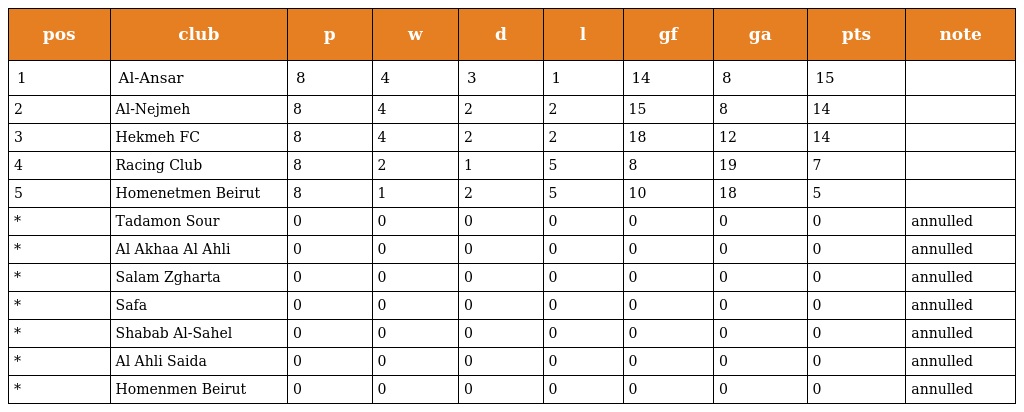
| pos | club | p | w | d | l | gf | ga | pts | note |
 | --- | --- | --- | --- | --- | --- | --- | --- | --- | --- |
 | 1 | Al-Ansar | 8 | 4 | 3 | 1 | 14 | 8 | 15 |  |
 | 2 | Al-Nejmeh | 8 | 4 | 2 | 2 | 15 | 8 | 14 |  |
 | 3 | Hekmeh FC | 8 | 4 | 2 | 2 | 18 | 12 | 14 |  |
 | 4 | Racing Club | 8 | 2 | 1 | 5 | 8 | 19 | 7 |  |
 | 5 | Homenetmen Beirut | 8 | 1 | 2 | 5 | 10 | 18 | 5 |  |
 | * | Tadamon Sour | 0 | 0 | 0 | 0 | 0 | 0 | 0 | annulled |
 | * | Al Akhaa Al Ahli | 0 | 0 | 0 | 0 | 0 | 0 | 0 | annulled |
 | * | Salam Zgharta | 0 | 0 | 0 | 0 | 0 | 0 | 0 | annulled |
 | * | Safa | 0 | 0 | 0 | 0 | 0 | 0 | 0 | annulled |
 | * | Shabab Al-Sahel | 0 | 0 | 0 | 0 | 0 | 0 | 0 | annulled |
 | * | Al Ahli Saida | 0 | 0 | 0 | 0 | 0 | 0 | 0 | annulled |
 | * | Homenmen Beirut | 0 | 0 | 0 | 0 | 0 | 0 | 0 | annulled |